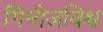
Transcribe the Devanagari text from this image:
गिनीजविश्व